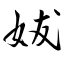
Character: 妭